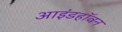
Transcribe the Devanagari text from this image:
आइंडहॉवन